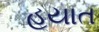
હયાત